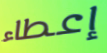
إعطاء